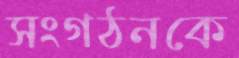
সংগঠনকে